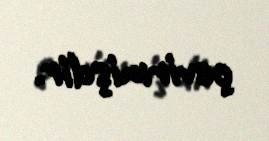
çevirmişdir.